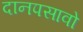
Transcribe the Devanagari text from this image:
दानपसावो